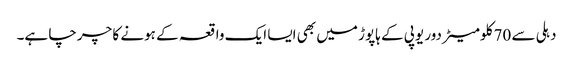
دہلی سے 70 کلومیٹر دور یوپی کے ہاپوڑ میں بھی ایسا ایک واقعہ کے ہونے کا چرچا ہے۔